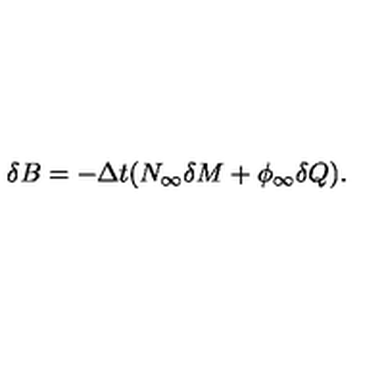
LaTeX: \delta B = - \Delta t ( N _ { \infty } \delta M + \phi _ { \infty } \delta Q ) .